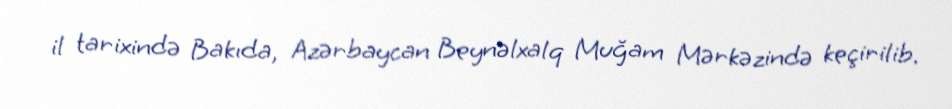
il tarixində Bakıda, Azərbaycan Beynəlxalq Muğam Mərkəzində keçirilib.